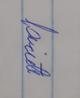
Signature authenticity: genuine